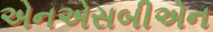
એનએસબીએન